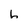
Character: h